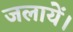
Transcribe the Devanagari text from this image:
जलायें।